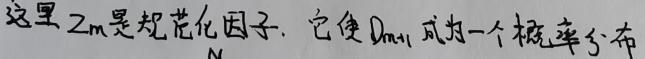
这里 $Z_m$ 是规范化因子. 它使 $D_{m+1}$ 成为一个概率分布.